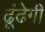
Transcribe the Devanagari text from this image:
ढूंढेगी